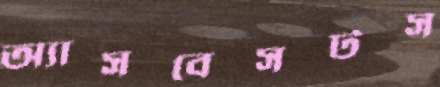
অ্যাসবেসটস